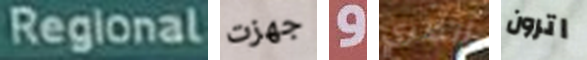
Regional جهزت و أنظري اترون